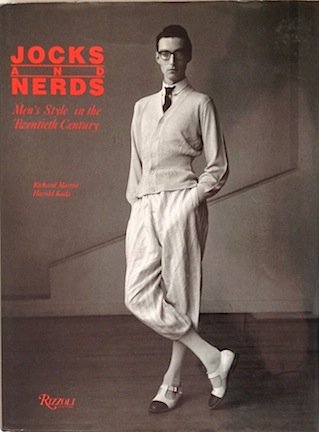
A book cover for Jocks & Nerds : Men's Style in the Twentieth Century; Richard Martin; Health, Fitness & Dieting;